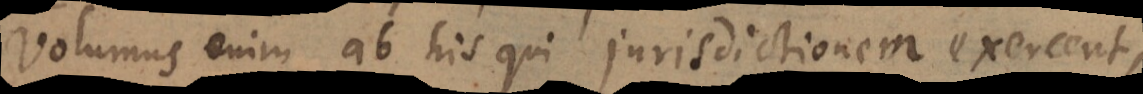
Volumus enim ab his qui jurisdictionem exercent,